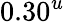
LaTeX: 0.30^{u}